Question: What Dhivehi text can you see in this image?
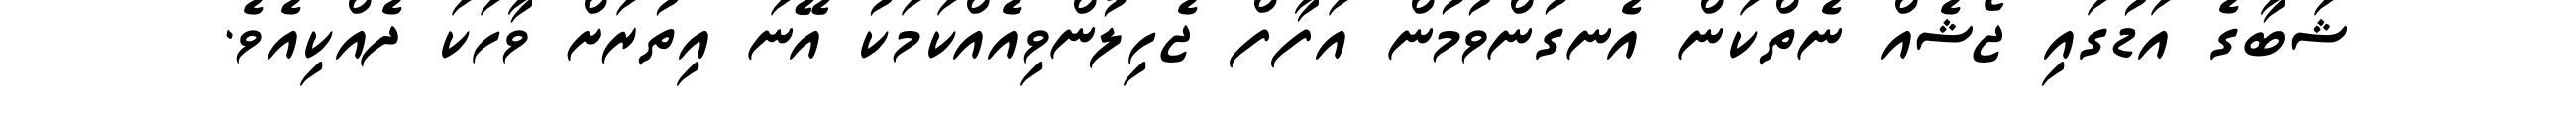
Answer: ޝަބާގެ އަޑުގައި ޖޯޝެއް ނެތްކަން އެނގުންވުމުން އަފާފް ޖެހިލުންވިއެއްކަމަކު އޭނަ އިތުރަށް ވާހަކަ ދެއްކިއެވެ.